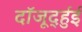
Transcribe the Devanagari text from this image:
दॉजूर्द्हुई